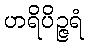
ဟရိပိဉ္ဇရံ